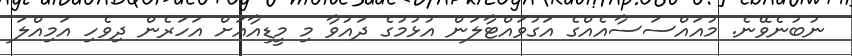
ނުބުނެވޭނެ. މުއައްސަސާއެއްގެ އަގުވައްޓާލަން އުޅުމުގެ ދައުވާ މި މީޑިއާއަށް އަހަރެން ދިވެހި އަމިއްލަ